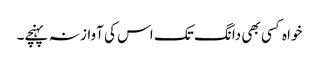
خواہ کسی بھی دانگ تک اس کی آواز نہ پہنچے۔